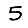
Digit: 5